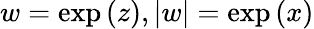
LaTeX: w=\exp{(z)},|w|=\exp{(x)}